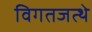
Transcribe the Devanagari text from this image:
विगतजत्थे